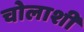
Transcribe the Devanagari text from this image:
चोलाशी